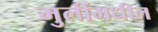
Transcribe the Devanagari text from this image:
मुलींमधील